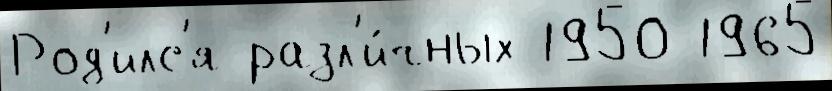
Род'илс'я разл'и́чных 1950 1965